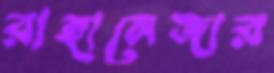
রাহানেজার